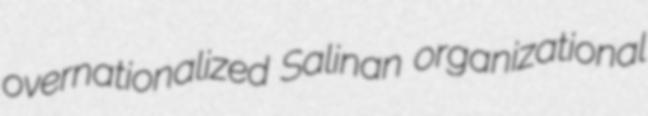
overnationalized Salinan organizational